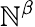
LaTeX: \mathbb{N}^{\beta}